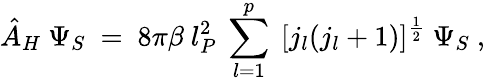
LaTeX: {\hat{A}}_{H}~\Psi_{S}~=~8\pi\beta~l_{P}^{2}~\sum_{l=1}^{p}~[j_{l}(j_{l}+1)]^{\frac 12}~\Psi_{S}~,